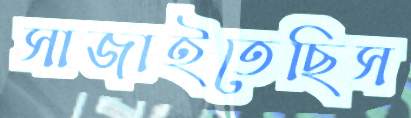
সাজাইতেছিস